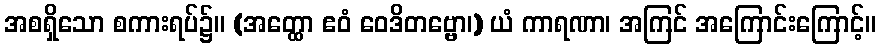
အစရှိသော စကားရပ်၌။ (အတ္ထော ဧဝံ ဝေဒိတဗ္ဗော၊) ယံ ကာရဏာ၊ အကြင် အကြောင်းကြောင့်။